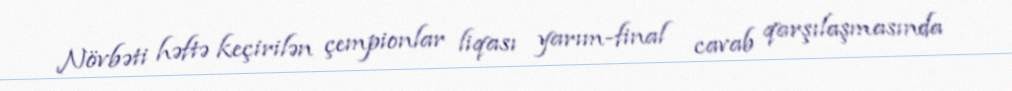
Növbəti həftə keçirilən çempionlar liqası yarım-final cavab qarşılaşmasında